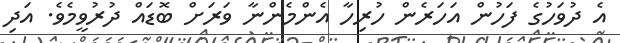
އެ ދުވަހުގެ ފަހުން އަހަރެން ހުރިހާ އެންމެންނާ ވަރަށް ބޮޑައް ދުރުވީމެވެ. އަދި